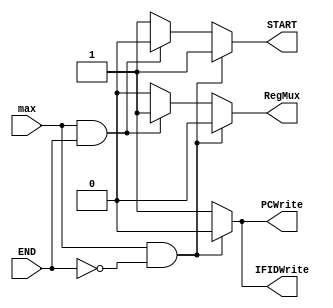
`timescale 1ns / 1ps
//////////////////////////////////////////////////////////////////////////////////
// Company: 
// Engineer: 
// 
// Design Name: 
// Module Name: MAX_Hazard_Unit
// Project Name: 
// Target Devices: 
// Tool Versions: 
// Description: MAX Hazard Unit controls the max calculation. It holds PC and IF/ID
//              buffer while incrementing counter to continue calculating MAX
//              instructions.
// Dependencies: 
// 
// Revision:
// Revision 0.01 - File Created
// Additional Comments:
// 
//////////////////////////////////////////////////////////////////////////////////


module MAX_Hazard_Unit(max,END,PCWrite,IFIDWrite,START, RegMux);
input max, END;
output reg PCWrite, IFIDWrite, START, RegMux;

always@(max,END)
begin
    // starting max calculation instruction
    if (max == 1 & END != 1)
    begin
       PCWrite = 0;
       IFIDWrite = 0;
       START = 1;
       RegMux = 0;
    end
    // stopping max calculation and instruction
    else if (max == 1 & END == 1)
    begin
       PCWrite = 1;
       IFIDWrite = 1;
       START = 0;
       RegMux = 1;
    end
    // allow all other instructions to continue through the pipeline
    else
    begin
       PCWrite = 1;
       IFIDWrite = 1;
       START = 1;
       RegMux = 0;
    end
end

endmodule